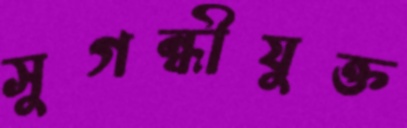
সুগন্ধীযুক্ত